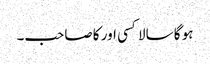
ہو گا سالا کسی اور کا صاحب۔